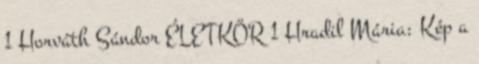
1 Horváth Sándor ÉLETKÖR 1 Hradil Mária: Kép a